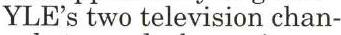
YLE's two television chan-